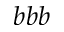
b b b